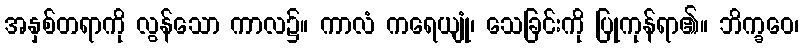
အနှစ်တရာကို လွန်သော ကာလ၌။ ကာလံ ကရေယျုံ၊ သေခြင်းကို ပြုကုန်ရာ၏။ ဘိက္ခဝေ၊